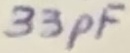
Text: 33pF